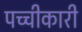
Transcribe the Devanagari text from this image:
पच्‍चीकारी